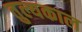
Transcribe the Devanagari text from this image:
तुल्यकाल